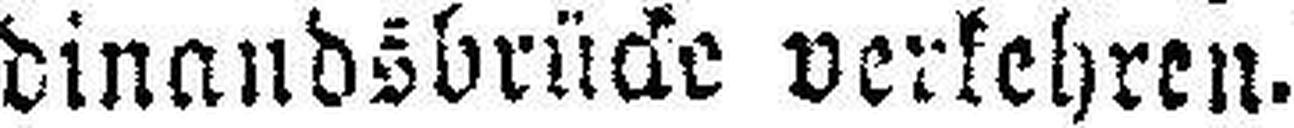
dinandsbrücke verkehren.